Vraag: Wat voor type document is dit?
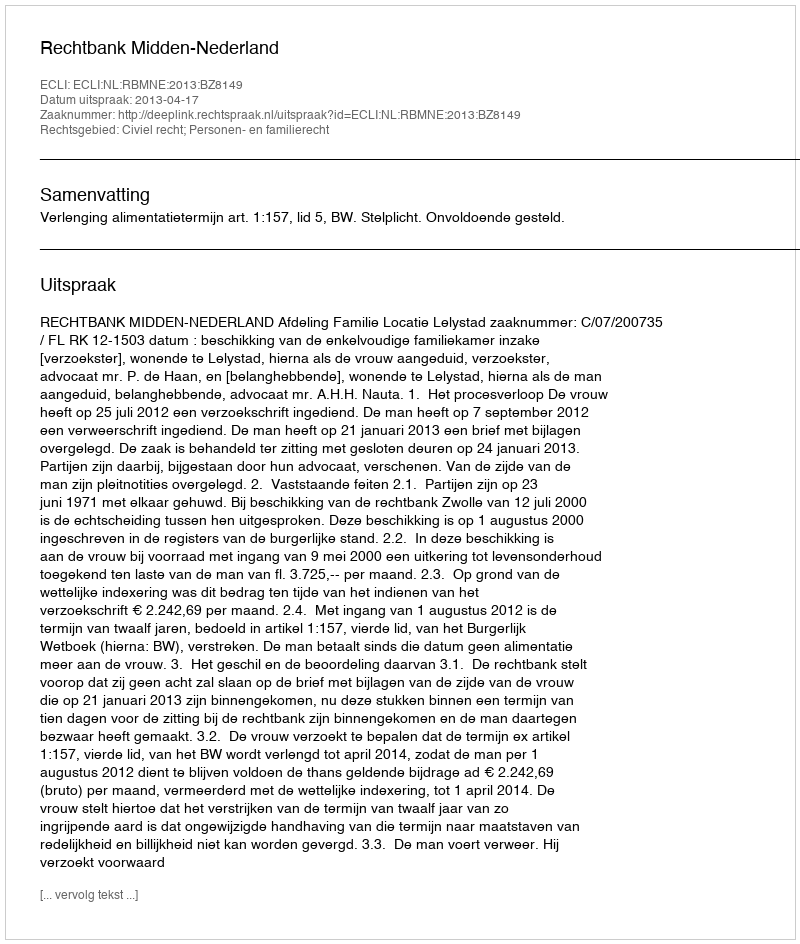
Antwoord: Uitspraak